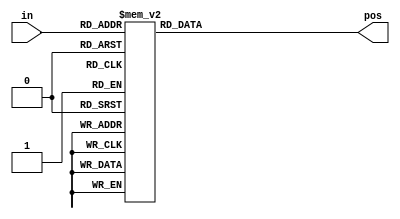
module top_module (
	input [3:0] in,
	output reg [1:0] pos
);

	always @(*) begin			// Combinational always block
		case (in)
			4'h0: pos = 2'h0;	// I like hexadecimal because it saves typing.
			4'h1: pos = 2'h0;
			4'h2: pos = 2'h1;
			4'h3: pos = 2'h0;
			4'h4: pos = 2'h2;
			4'h5: pos = 2'h0;
			4'h6: pos = 2'h1;
			4'h7: pos = 2'h0;
			4'h8: pos = 2'h3;
			4'h9: pos = 2'h0;
			4'ha: pos = 2'h1;
			4'hb: pos = 2'h0;
			4'hc: pos = 2'h2;
			4'hd: pos = 2'h0;
			4'he: pos = 2'h1;
			4'hf: pos = 2'h0;
			default: pos = 2'b0;	// Default case is not strictly necessary because all 16 combinations are covered.
		endcase
	end
	
	// There is an easier way to code this. See the next problem (always_casez).
	
endmodule